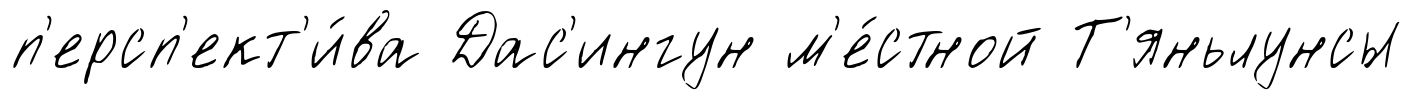
п'ерсп'ект'и́ва Дас'ингун м'е́стной Т'яньлунсы